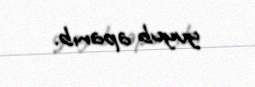
yuyub aparıb.